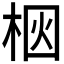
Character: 𪲗